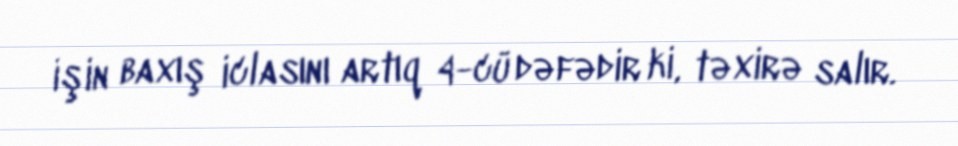
işin baxış iclasını artıq 4-cü dəfədir ki, təxirə salır.